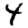
Digit: 4